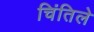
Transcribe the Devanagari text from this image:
चिंतिले